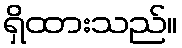
ရှိထားသည်။